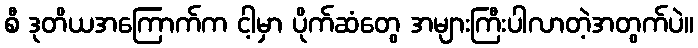
စီ ဒုတိယအကြောက်က ငါ့မှာ ပိုက်ဆံတွေ အများကြီးပါလာတဲ့အတွက်ပဲ။